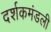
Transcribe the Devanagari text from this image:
दर्शकमंडली